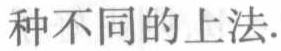
种不同的上法.